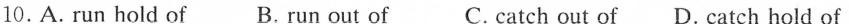
10.A.Run hold of B. Run out of C. catch out of D. Catch hold of